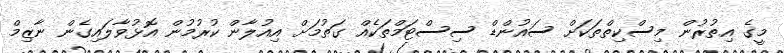
މީގެ އިތުރުން މިސްކިތްތަކަށް ސައުންޑް ސިސްޓަމްތަކެއް ގަތުމަށް އިއުލާން ކުރުމުން އޮޅުވާލައިގެން ނާޒިމް